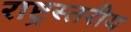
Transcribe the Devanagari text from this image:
राष्ट्रस्तरीय